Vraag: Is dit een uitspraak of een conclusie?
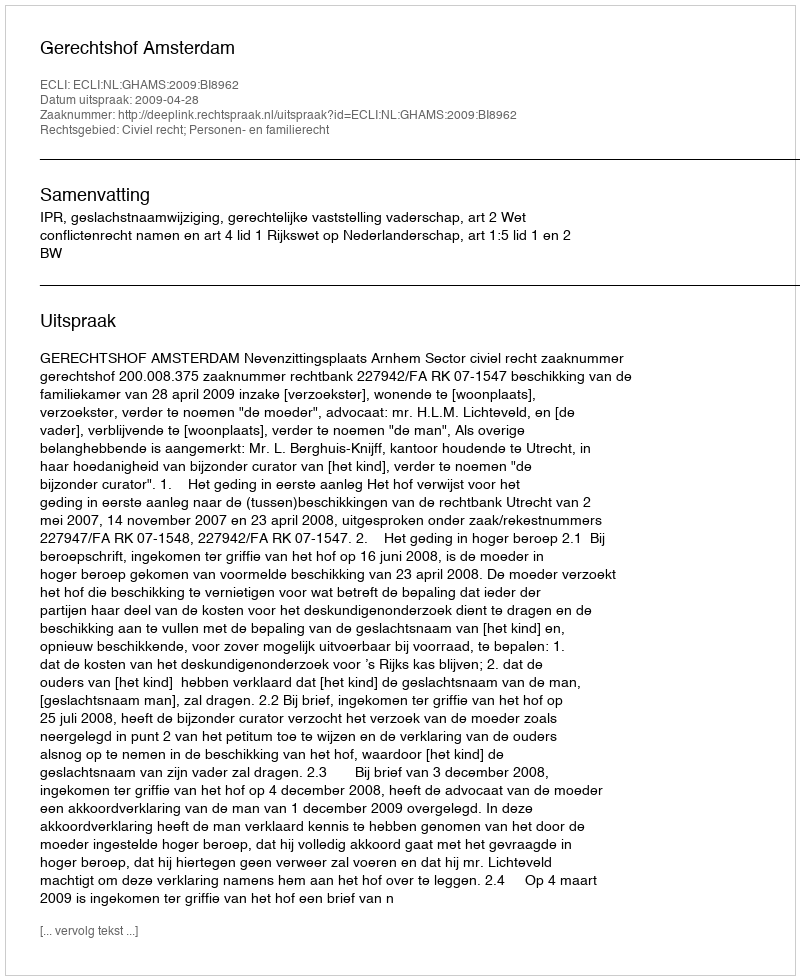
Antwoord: Uitspraak